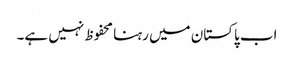
اب پاکستان میں رہنا محفوظ نہیں ہے۔